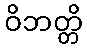
ဝိဘတ္တိ